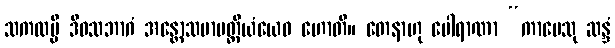
သကလမ္ပိ ဒိဝသဘာဂံ အန္တောသမာပတ္တိယံယေဝ ဟောတိ။ တေနာဟု ပေါရာဏာ “ကာမေသု ဆန္ဒံ